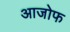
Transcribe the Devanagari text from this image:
आजोफ